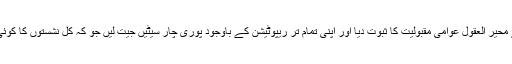
باقی تمام سیاسی جماعتیں شدید ناکامی سے دوچار ہوئیں لیکن جماعت اسلامی نے محیر العقول عوامی مقبولیت کا ثبوت دیا اور اپنی تمام تر ریپوٹیشن کے باوجود پوری چار سیٹیں جیت لیں جو کہ کل نشستوں کا کوئی سوا فیصد بنتی تھیں اور اس طرح پارلیمان کی آٹھویں بڑی پارٹی بن کر ابھری۔